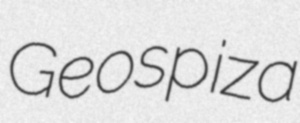
Geospiza